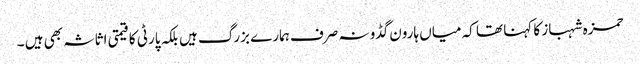
حمزہ شہباز کا کہنا تھا کہ میاں ہارون گڈو نہ صرف ہمارے بزرگ ہیں بلکہ پارٹی کا قیمتی اثاثہ بھی ہیں ۔